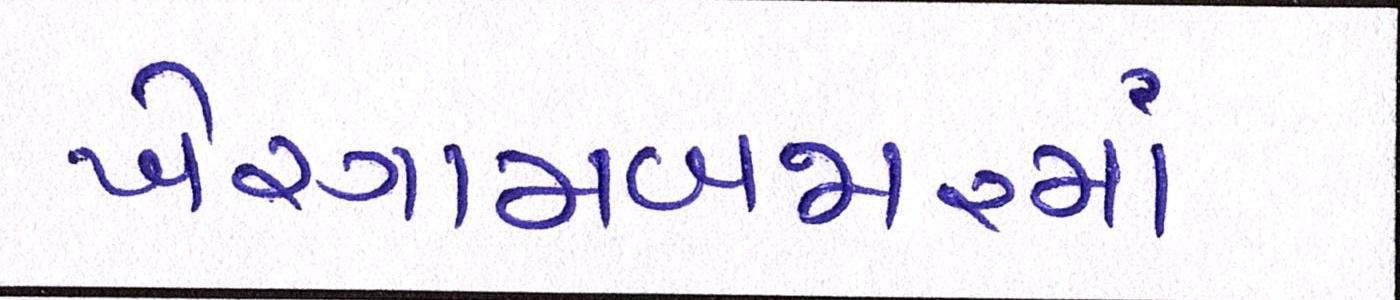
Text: ખેરગામબજારમાં